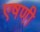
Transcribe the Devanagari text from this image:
एषणी